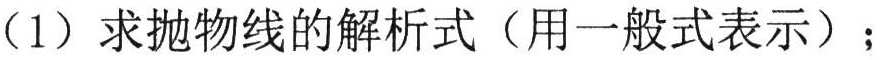
（1）求抛物线的解析式（用一般式表示）；